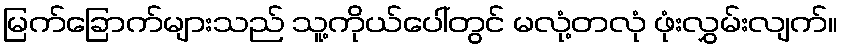
မြက်ခြောက်များသည် သူ့ကိုယ်ပေါ်တွင် မလုံ့တလုံ ဖုံးလွှမ်းလျက်။